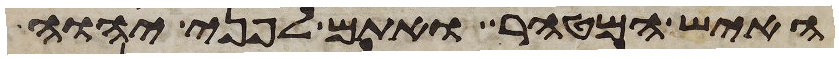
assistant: האיש המטהר ואתם לפני יהוה